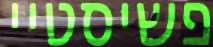
פשיסטיי